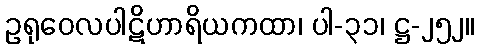
ဥရုဝေလပါဋိဟာရိယကထာ၊ ပါ-၃၁၊ ဋ္ဌ-၂၅၂။